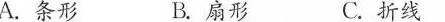
A.条形 B.扇形 C.折线